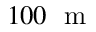
1 0 0 ~ \mathrm { ~ m ~ }